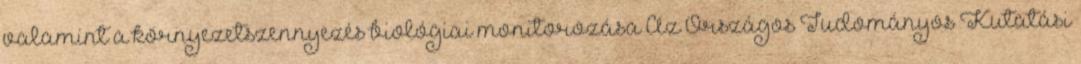
valamint a környezetszennyezés biológiai monitorozása Az Országos Tudományos Kutatási